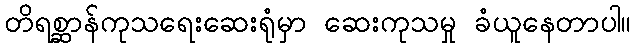
တိရစ္ဆာန်ကုသရေးဆေးရုံမှာ ဆေးကုသမှု ခံယူနေတာပါ။